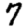
Digit: 7